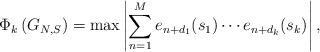
LaTeX: \begin{align*} \Phi_k \left(G_{N,S}\right)=\max\left|\sum_{n=1}^M e_{n+d_1}(s_1)\cdots e_{n+d_{k}}(s_k)\right|,\end{align*}